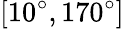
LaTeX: \left[10^{\circ},170^{\circ}\right]